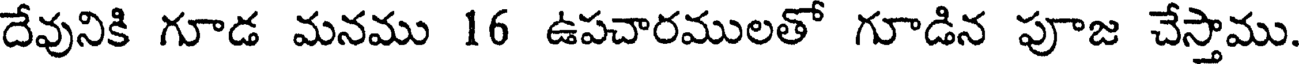
దేవునికి గూడ మనము 16 ఉపచారములతో గూడిన పూజ చేస్తాము.